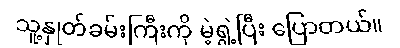
သူ့နှုတ်ခမ်းကြီးကို မဲ့ရွဲ့ပြီး ပြောတယ်။